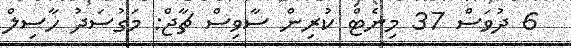
6 ދުވަސް 37 މިނެޓް ކުރިން ސާވިސް ޗާޖް: މަގުސަދު ހާސިލް